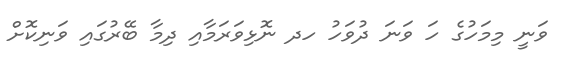
ވަނީ މިމަހުގެ ހަ ވަނަ ދުވަހު ހދ ނޮޅިވަރަމާއި ދިމާ ބޭރުގައި ވަނިކޮށް